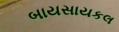
બાયસાયકલ